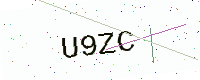
Text: U9ZC